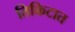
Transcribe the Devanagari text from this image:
तिकिटात